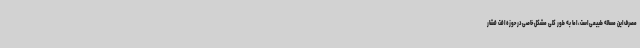
مصرف این مساله طبیعی است، اما به طور کلی مشکل خاصی در حوزه افت فشار